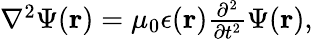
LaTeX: \begin{array}{r}{\nabla^{2}\Psi({\mathbf r})=\mu_{0}\epsilon({\mathbf r})\frac{\partial^{2}}{\partial t^{2}}\Psi({\mathbf r}),}\end{array}